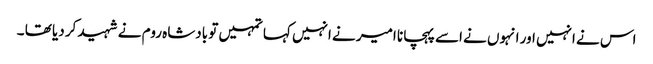
اس نے انہیں اور انہوں نے اسے پہچانا امیر نے انہیں کہا تمہیں تو بادشاہ روم نے شہید کر دیا تھا ۔